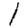
Digit: 1